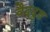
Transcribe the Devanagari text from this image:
वैद्दुत